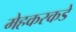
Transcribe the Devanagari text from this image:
मेहकरकडे